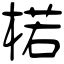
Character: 楉